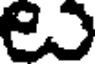
e